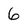
Character: 6